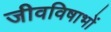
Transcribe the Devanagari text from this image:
जीवविषाभों